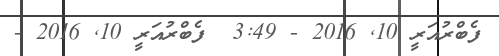
ފެބްރުއަރީ 10